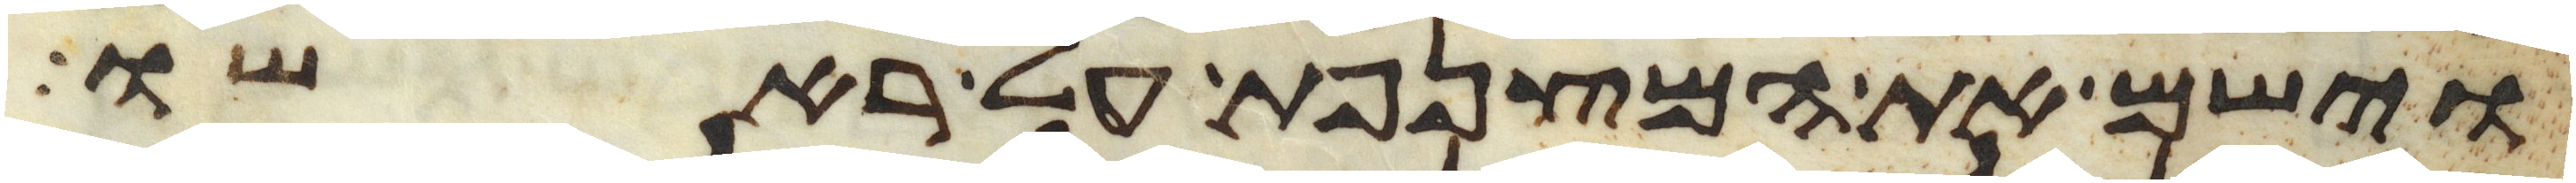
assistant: וישם את המצנפת על ראשו